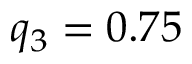
q _ { 3 } = 0 . 7 5